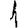
Digit: 1